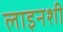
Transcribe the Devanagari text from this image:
लाइनशी